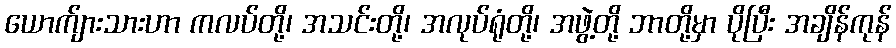
ယောက်ျားသားဟာ ကလပ်တို့၊ အသင်းတို့၊ အလုပ်ရုံတို့၊ အဖွဲ့တို့ ဘာတို့မှာ ပိုပြီး အချိန်ကုန်